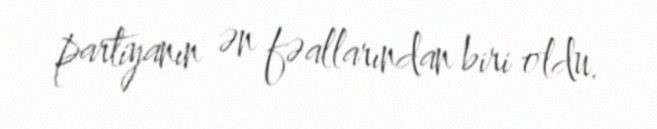
partiyanın ən fəallarından biri oldu.